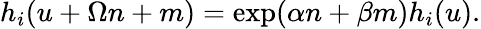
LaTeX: h_{i}(u+\Omega n+m)=\exp(\alpha n+\beta m)h_{i}(u).